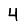
Digit: 4